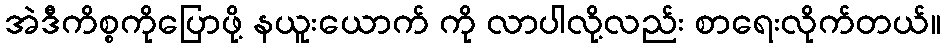
အဲဒီကိစ္စကိုပြောဖို့ နယူးယောက် ကို လာပါလို့လည်း စာရေးလိုက်တယ်။